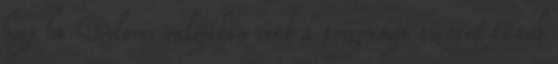
hogy ha Dolores valójában csak a programja szerint tűnik